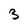
Character: 3